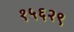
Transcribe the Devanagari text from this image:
१५६२९